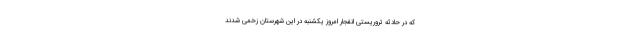
که در حادثه تروریستی انفجار امروز یکشنبه در این شهرستان زخمی شدند